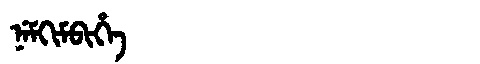
Manchu: ᠨᡝᠮᡴᡳᠮᠪᡳᡥᡝ
Romanization: NEMKIMBIHE